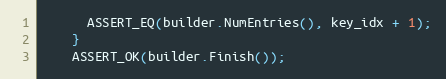
Language: C++
      ASSERT_EQ(builder.NumEntries(), key_idx + 1);
    }
    ASSERT_OK(builder.Finish());